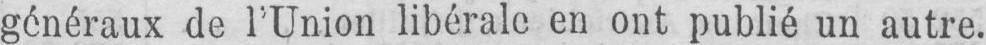
généraux de l’Union libérale en ont publié un autre.